Leningradi_Edasi_toimetus, lk 36
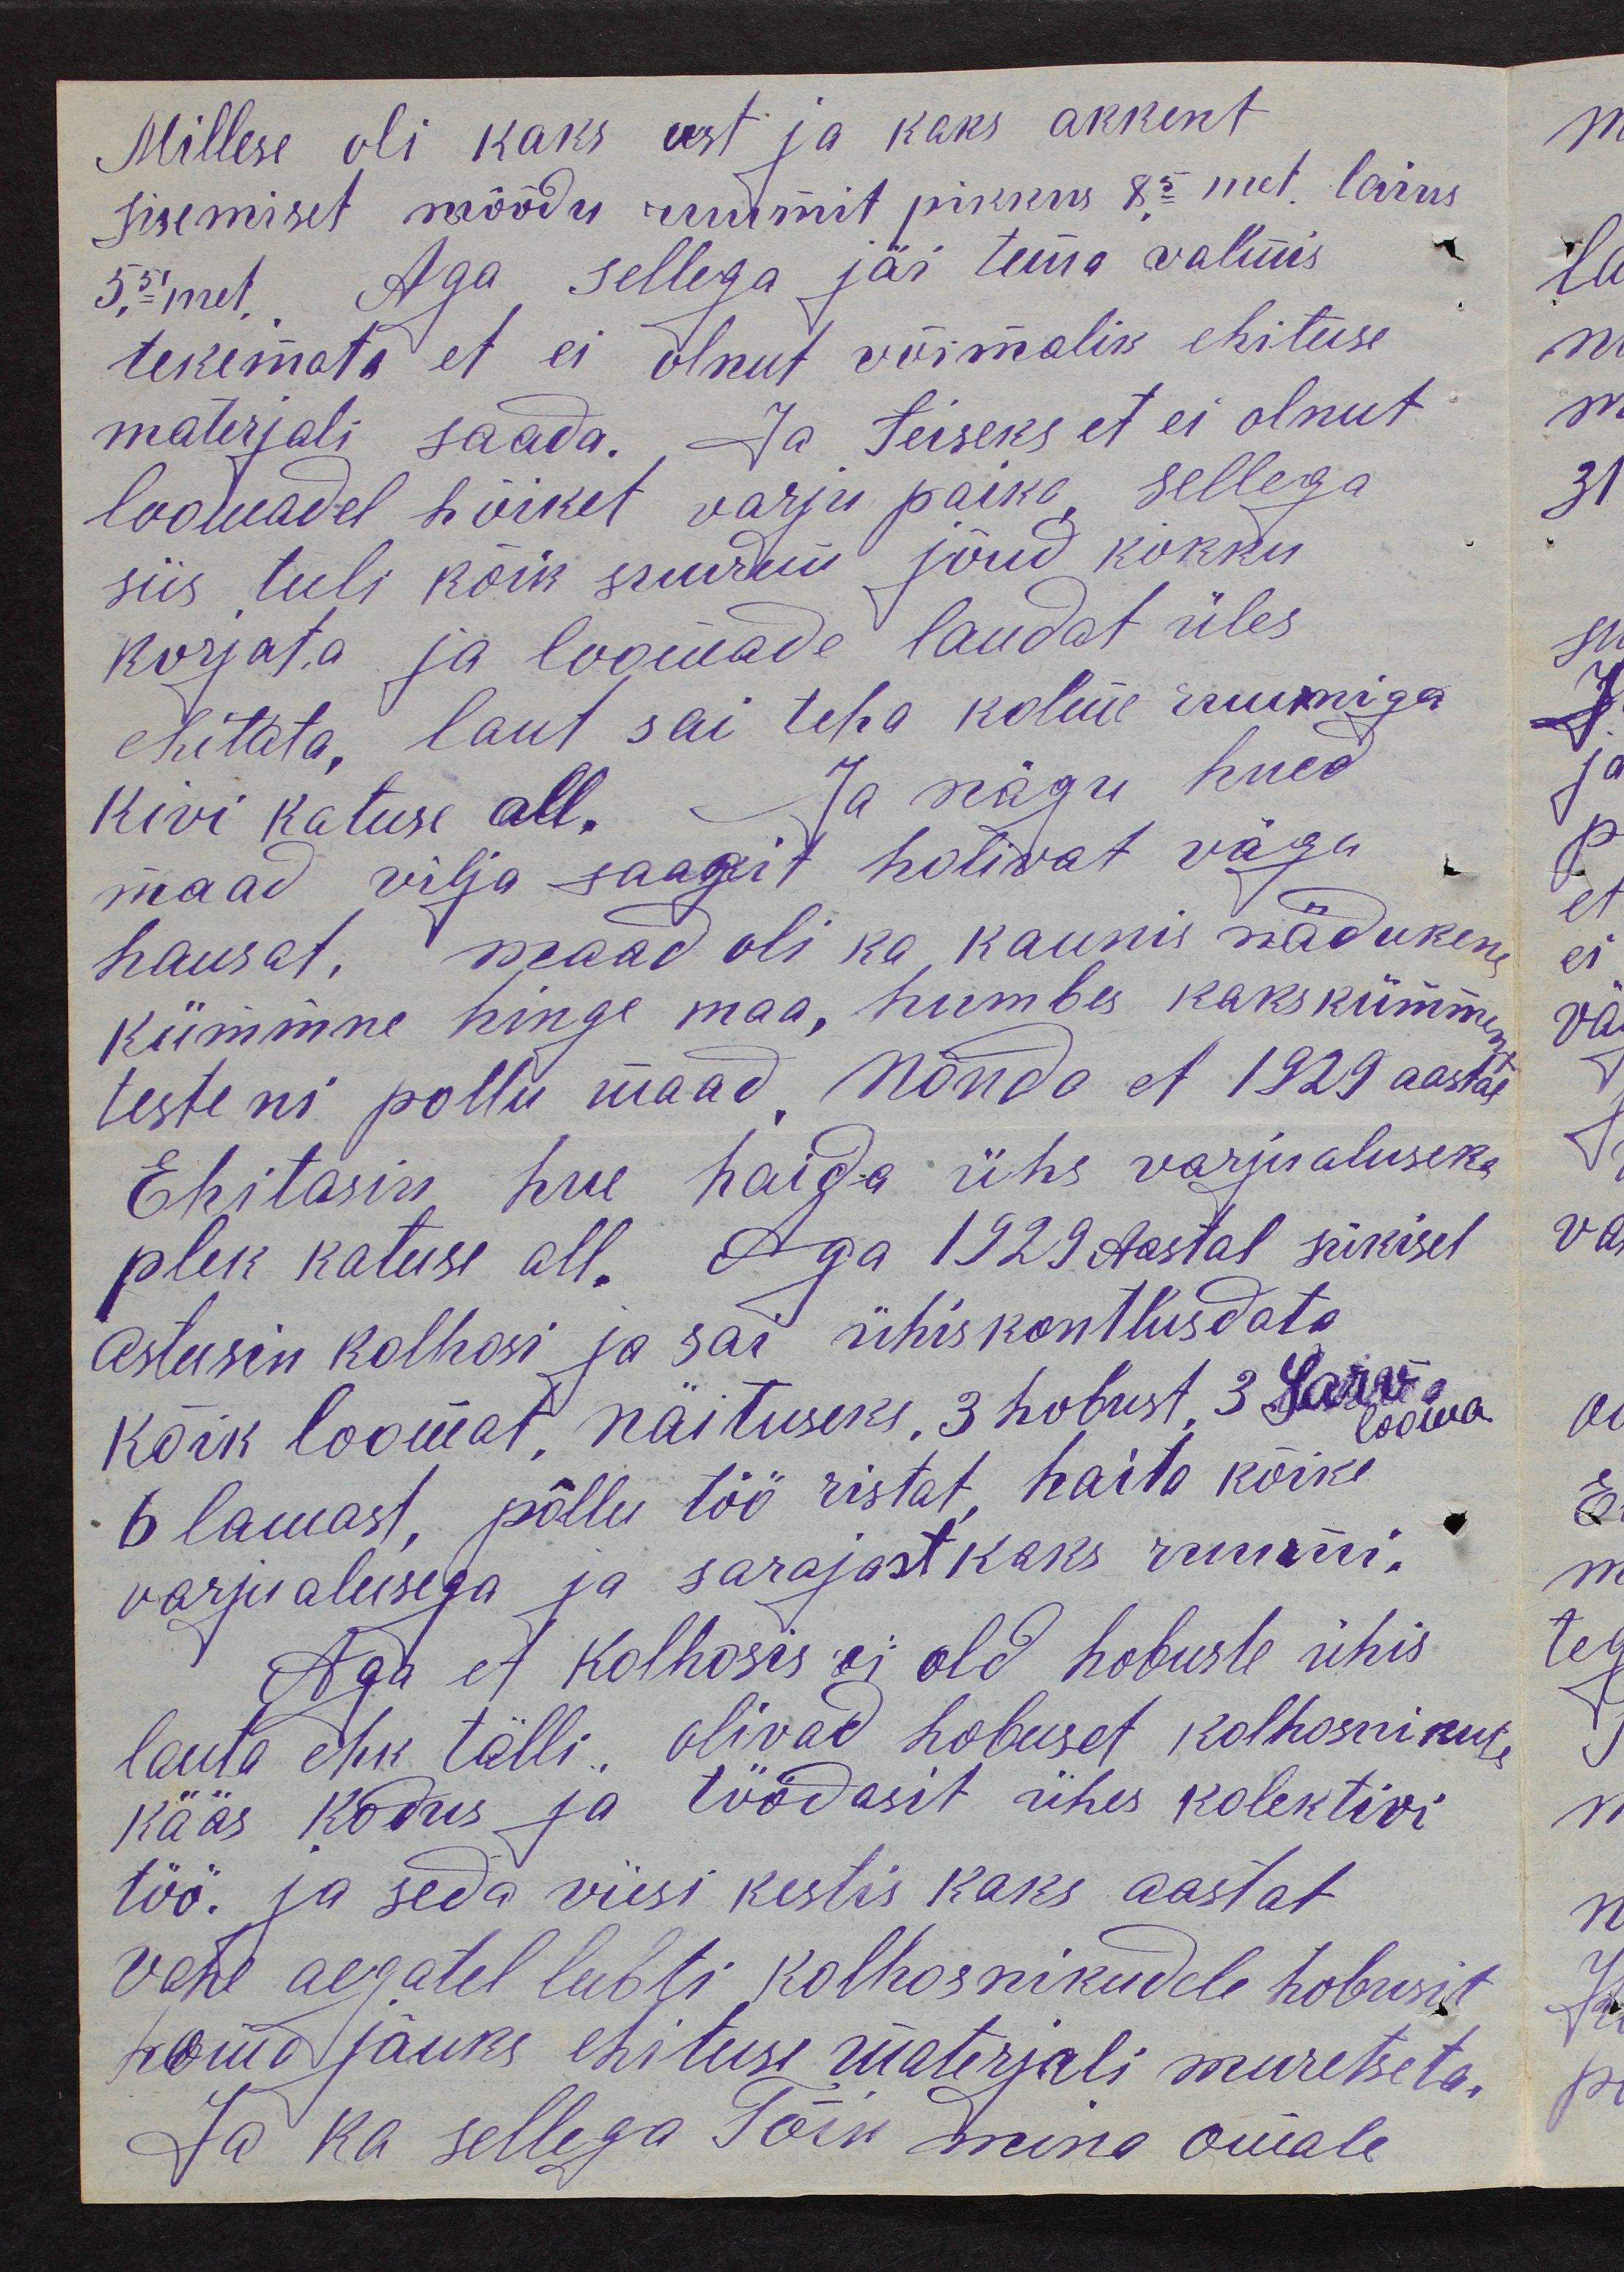
Millese oli kaks ust ja kaks akkent
sisemiset möödu ruumit pikkus 8,5 met. laius
5,51 met. Aga sellega jäi tema valmis
tekemata et ei olnut võimalik ehituse
materjali saada. Ja teiseks et ei olnut
loomadel hõiket varju paika, sellega
siis tuli kõik suurem jõud kokku
korjata ja loomade laudat üles
ehitata, laut sai teha kolme ruumiga
kivi katuse all. Ja nägu hued
maad vilja saagit holivat väga
hausat, maad oli ka kaunis nädukene
Kümmne hinge maa, humbes kakskümmend
testeni põllu maad. Nõnda et 1929 aastal
Ehitasin, hue haida üks varjualuseks
plek katuse all. Aga 1929 aastal sükisel
Astusin kolhoosi ja sai ühiskontlusdata
kõik loomat näituseks, 3 hobust, 3 sarv-
looma
6 lamast, põllu töö ristat, haita kõike
varjualusega ja sarajast kaks ruumi.
Aga et kolhosis ei old hobuste ühis
lauta ehk tälli, olivad hobuset kolhoosnikute
kääs kodus ja töödasit ühes kolektivi
töö. ja seda viisi kestis kaks aastat
vahe aegatel lubti kolhoosnikudele hobusit
homa jäuks ehituse materjali muretseta.
Ja ka sellega Tõin mina omale